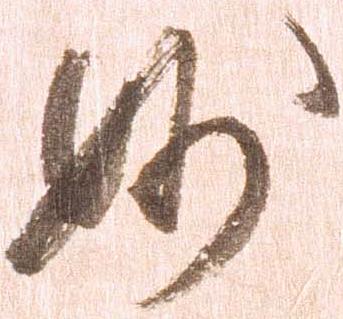
妙